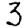
Digit: 3